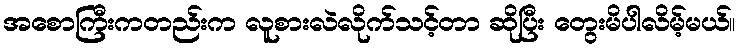
အစောကြီးကတည်းက လူစားလဲလိုက်သင့်တာ ဆိုပြီး တွေးမိပါလိမ့်မယ်။